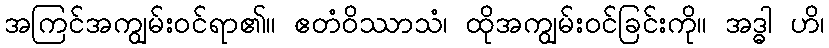
အကြင်အကျွမ်းဝင်ရာ၏။ ဧတံဝိဿာသံ၊ ထိုအကျွမ်းဝင်ခြင်းကို။ အဒ္ဓါ ဟိ၊